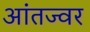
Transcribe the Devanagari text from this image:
आंतज्वर